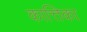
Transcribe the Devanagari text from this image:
कात्तिका